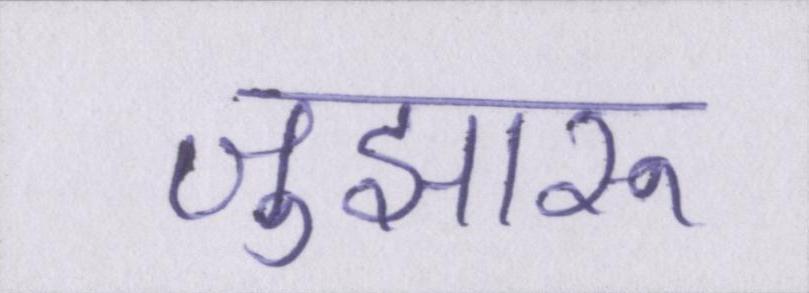
जुझारू